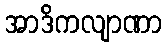
အာဒိကလျာဏာ